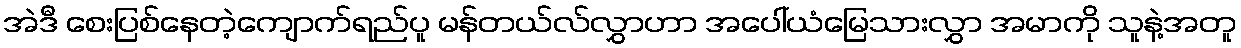
အဲဒီ စေးပြစ်နေတဲ့ကျောက်ရည်ပူ မန်တယ်လ်လွှာဟာ အပေါ်ယံမြေသားလွှာ အမာကို သူနဲ့အတူ